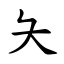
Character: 夨